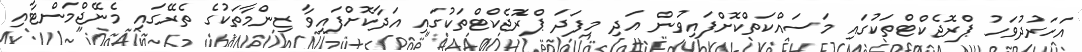
އަހަރުދުވަހު ޕްރޮޖެކްޓްތަކުގައި މަސައްކަތްކޮށްފައިވުން އަދި މިފަދަ ޕްރޮޖެކްޓްތަކުގައި އަދާކޮށްފައިވާ ޒިންމާތަކުގެ ތެރޭގައި މެނޭޖްމަންޓާއި